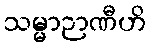
သမ္မာဉာဏီဟိ